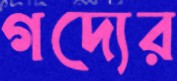
গদ্যের